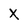
Character: X